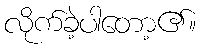
လိုက်ခဲ့ပါတော့၏။